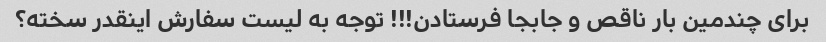
برای چندمین بار ناقص و جابجا فرستادن!!! توجه به لیست سفارش اینقدر سخته؟